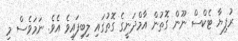
ރުފިޔާ ޓެކްސް ނޫން ގޮތުން އާމްދަނީގެ ގޮތުގައި ލިބިފައިވެ އެވެ. ނަމަވެސް މި